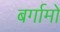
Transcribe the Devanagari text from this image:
बर्गामो